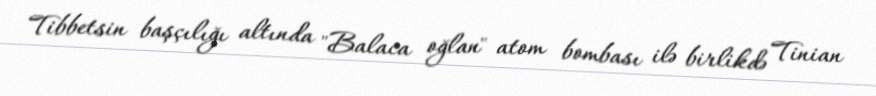
Tibbetsin başçılığı altında "Balaca oğlan" atom bombası ilə birlikdə Tinian